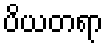
ပိယတရာ